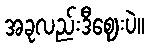
အခုလည်းဒီဈေးပဲ။